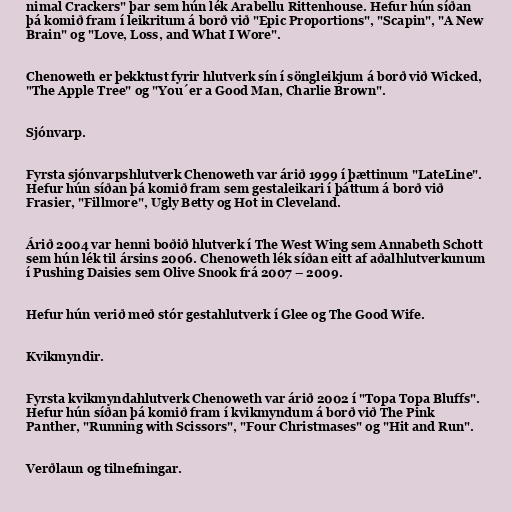
nimal Crackers" þar sem hún lék Arabellu Rittenhouse. Hefur hún síðan
þá komið fram í leikritum á borð við "Epic Proportions", "Scapin", "A New
Brain" og "Love, Loss, and What I Wore".

Chenoweth er þekktust fyrir hlutverk sín í söngleikjum á borð við Wicked,
"The Apple Tree" og "You´er a Good Man, Charlie Brown".

Sjónvarp.

Fyrsta sjónvarpshlutverk Chenoweth var árið 1999 í þættinum "LateLine".
Hefur hún síðan þá komið fram sem gestaleikari í þáttum á borð við
Frasier, "Fillmore", Ugly Betty og Hot in Cleveland.

Árið 2004 var henni boðið hlutverk í The West Wing sem Annabeth Schott
sem hún lék til ársins 2006. Chenoweth lék síðan eitt af aðalhlutverkunum
í Pushing Daisies sem Olive Snook frá 2007 – 2009.

Hefur hún verið með stór gestahlutverk í Glee og The Good Wife.

Kvikmyndir.

Fyrsta kvikmyndahlutverk Chenoweth var árið 2002 í "Topa Topa Bluffs".
Hefur hún síðan þá komið fram í kvikmyndum á borð við The Pink
Panther, "Running with Scissors", "Four Christmases" og "Hit and Run".

Verðlaun og tilnefningar.